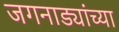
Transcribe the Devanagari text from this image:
जगनाड्यांच्या